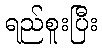
ရည်စူးပြီး